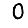
Digit: 0